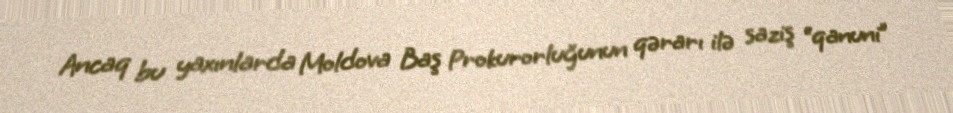
Ancaq bu yaxınlarda Moldova Baş Prokurorluğunun qərarı ilə saziş “qanuni”